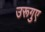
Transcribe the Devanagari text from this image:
उरूगुए